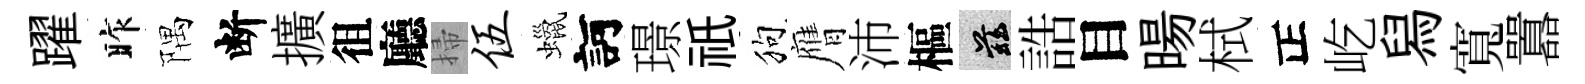
躍昨隅断擴徂廳掃伍蠟訶璟祇狗膺沛樞兹誥目暘栻正屹舄寬囂